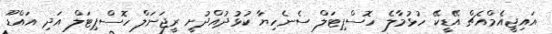
އައިޖީއެމްއެޗް އޭޑީކޭ ހުޅުމާލެ ހޮސްޕިޓަލް ސެނެހިޔާ ކުޅުދުއްދުށީ ރީޖަނަލް ހޮސްޕިޓަލް އަދި އައްޑޫ